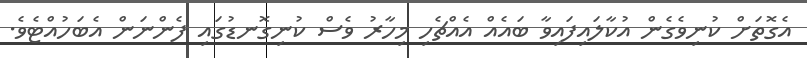
އެގޮތަށް ކުނިވެގެން އުކާލައިފައިވާ ބައެއް އެއްޗެހި މިހާރު ވެސް ކުނިގޮނޑުގައި ފެންނަން އެބަހުއްޓެވެ.